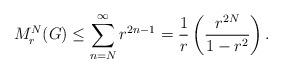
LaTeX: \begin{align*}M_{r}^{N}( G) \leq \sum_{n=N}^{\infty} r^{2n-1}= \frac{1}{r} \left( \frac{r^{2N}}{1-r^2} \right).\end{align*}